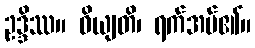
ဥဒ္ဒိဿ။ ဝိယျတိ၊ ရက်အပ်၏။